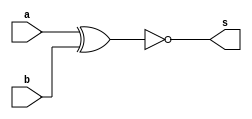
// ------------------------- 
// Exemplo0024 - Comparador de diferena 
// Nome: Rafael Lopes Barbosa
// ------------------------- 
// ------------------------- 
// full adder 
// ------------------------- 
module Igualdade (output s,
							 input a, 
							 input b); 
// descrever por portas

xnor(s,a,b);

endmodule // equals 

module test_Iguadade;
// ------------------------- definir dados 
reg [5:0] x;
reg [5:0] y;
wire [5:0] s;
wire s2;
		Igualdade i1(s[0],x[0],y[0]);
		Igualdade i2(s[1],x[1],y[1]);
		Igualdade i3(s[2],x[2],y[2]);
		Igualdade i4(s[3],x[3],y[3]);
		Igualdade i5(s[4],x[4],y[4]);
		Igualdade i6(s[5],x[5],y[5]);
		
		nand(s2,s[0],s[1],s[2],s[3],s[4],s[5]);
// ------------------------- parte principal 
initial begin 
$display("Exemplo0023 - Rafael Lopes Barbosa - 435052"); 
$display("Test ALU's comparador de diferena"); 
x = 6'b10101; y = 6'b00101;
#1 $display("(1) diferentes   (0) iguais");
#1 $display("%b != %b    (%b)",x,y,s2);

// projetar testes do somador complete 
end 
endmodule // test_fullAdder